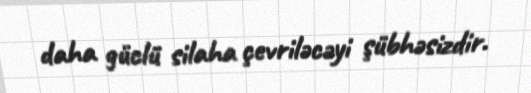
daha güclü silaha çevriləcəyi şübhəsizdir.